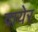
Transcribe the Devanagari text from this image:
दायेर